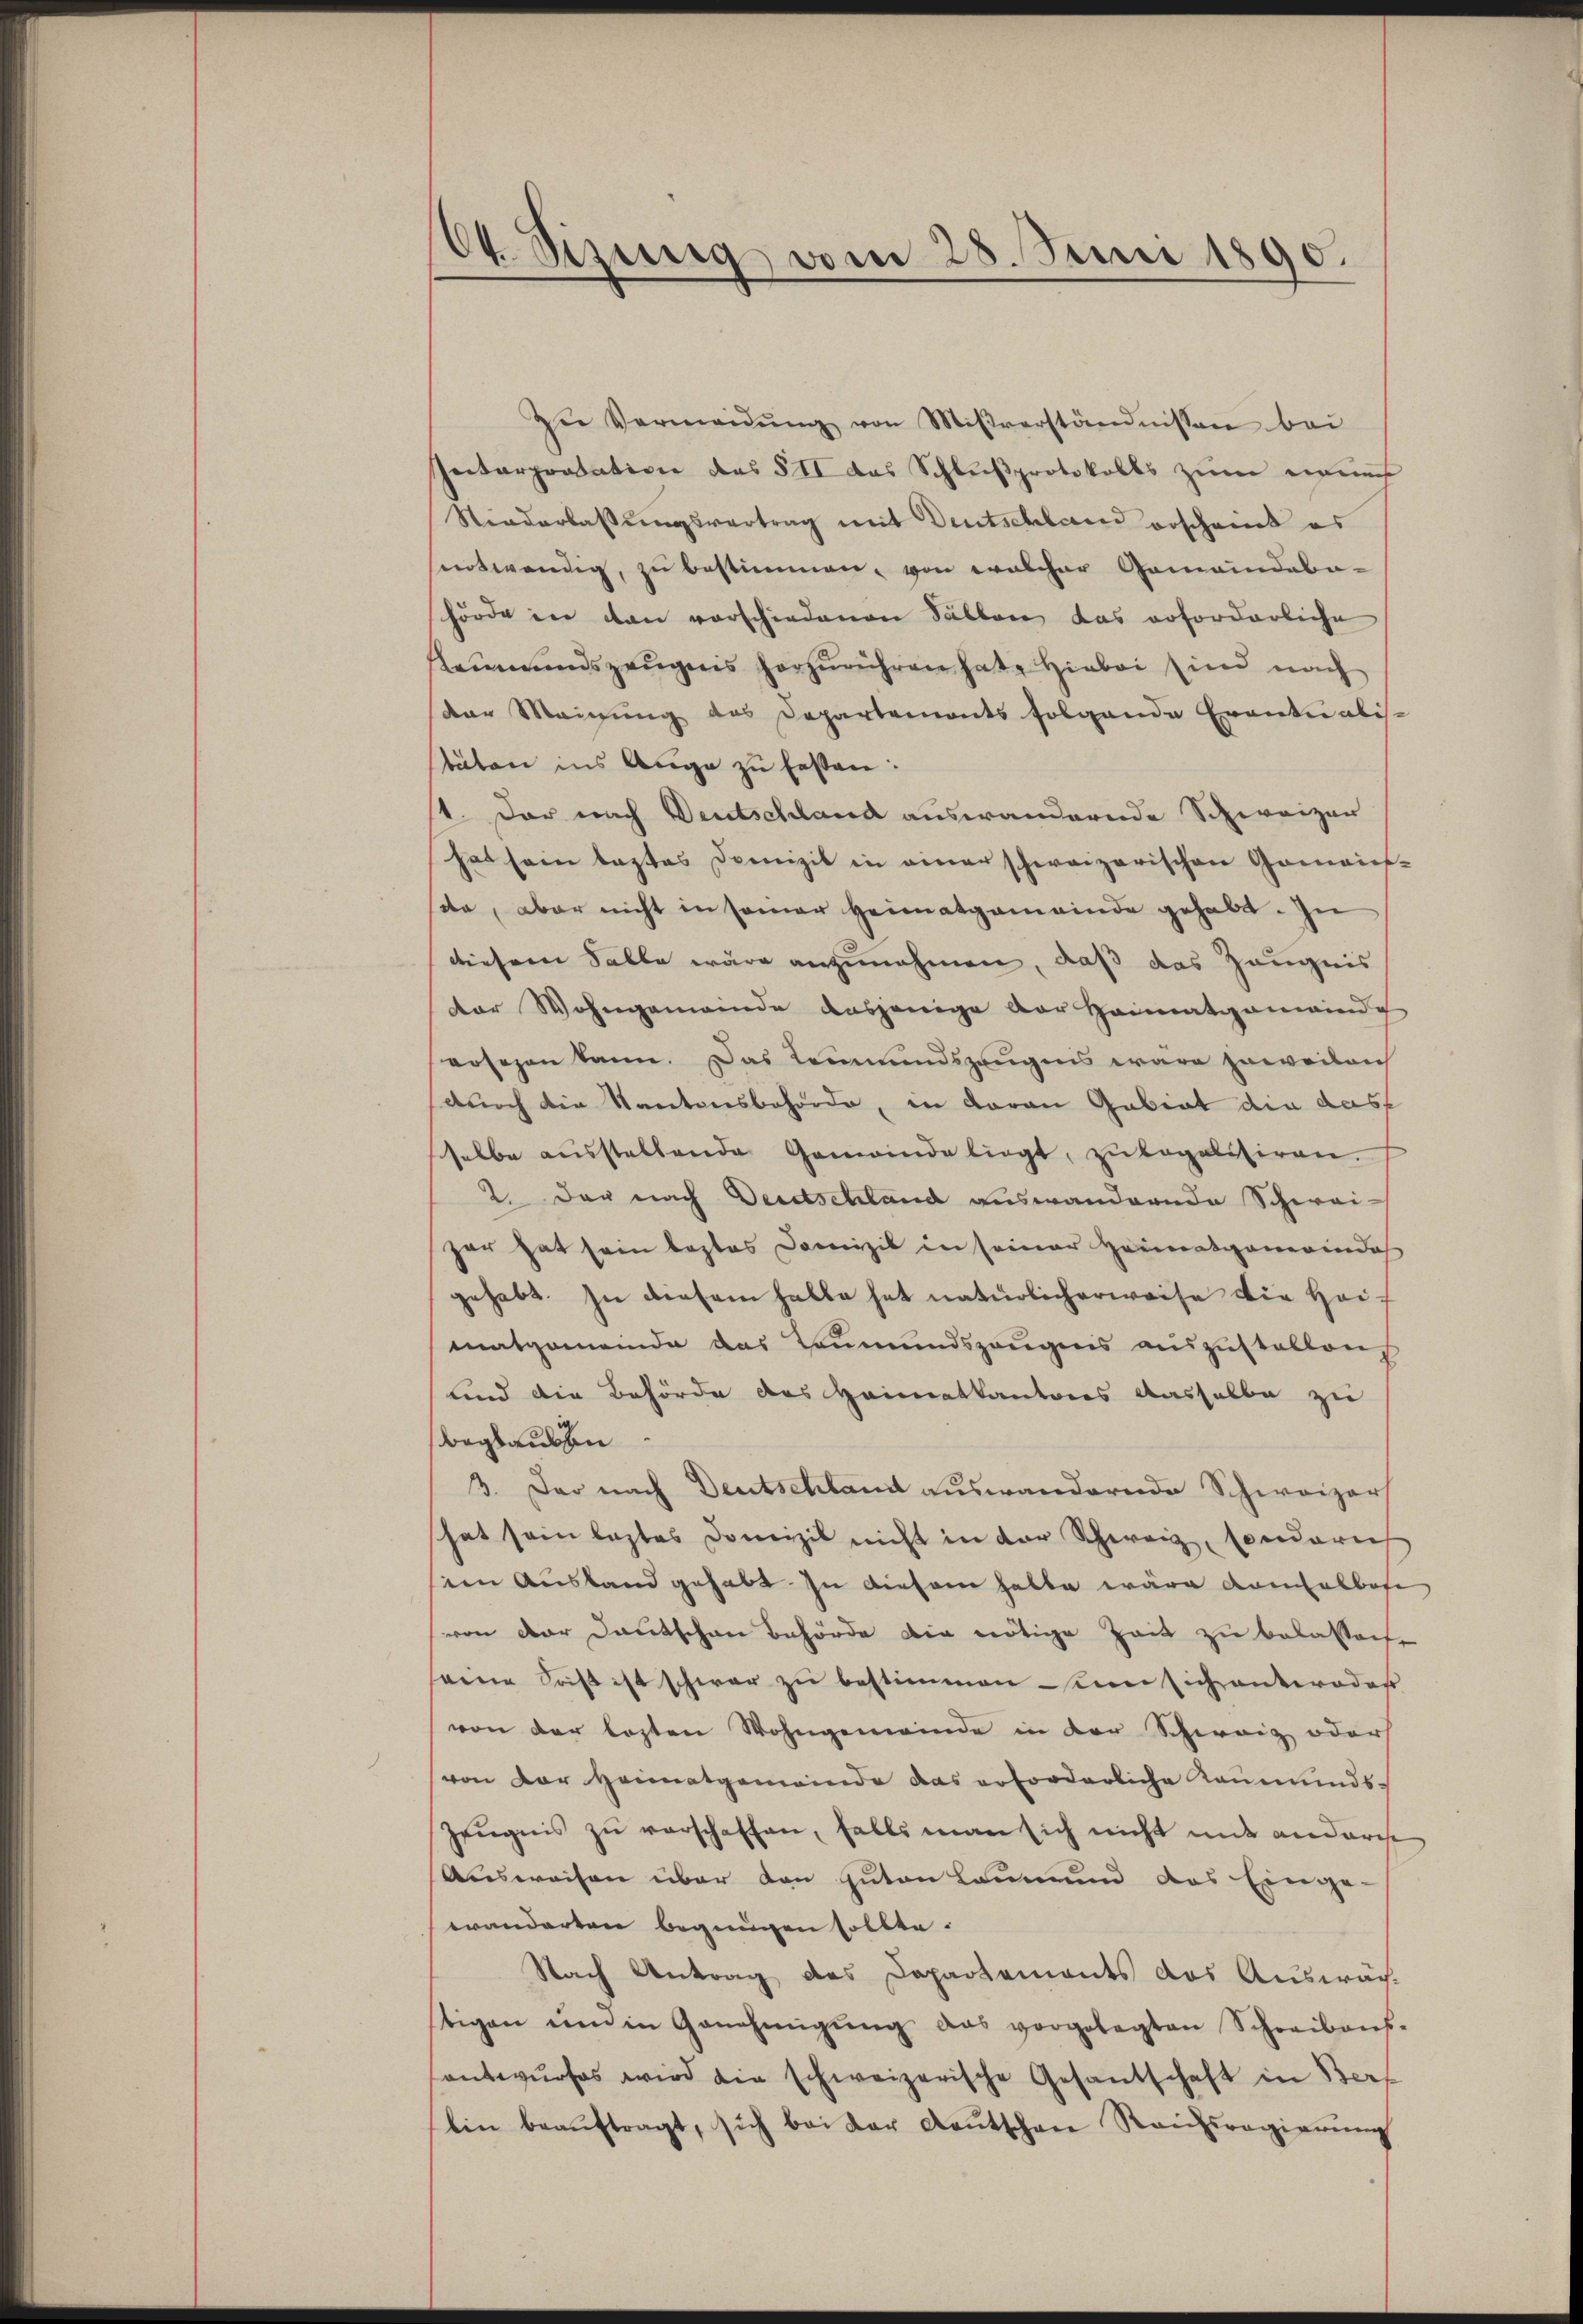
64. Sizung vom 28. Juni 1890.

Zŭ Vermeidŭng von Mißverständnissen bei
Petarportation des § II das Schlußprotokolls zum meuch
Stiederlassungsvertrag mit Deutschland erscheint es
entwendig, zu bestimmen, von welcher Gemeindaba-
hörde in den vorschiedenen Fällen das erforderliche
Leumundszeugnis herzurühren hat. Hiebei sind nach
dor Meinung des Departements folgende Eventualisc
täten ins Auge zu festen:
1. Der nach Deutschland auswandernde Schweizen
hat sein lastes Domizil in einer schweizerischen Gemeins-
da, aber nicht in seiner Heimatgemeinde gehabt. In
diesem Falle wäre anzunehmen, daß das Zeugnis
der Wohngemeinde dasjenige der Heimatgemeinde
vosezen kann. Das Leumundszeugnis wäre jeweilen
durch die Kantonsbehörde, in daran Gabiat die dasf
selbe aŭsstellende Gemeinde liegt, zŭ legalisiren.
2. der nach Deutschland auswandernde Schwai-
har hat sein bestes Domizil in seiner Heimatgemeinda
gehabt. In diesem halbe hat natürlicherweise die Heimatgemeinde das Leumundszeŭgens auszustellen
lind die Behörde des Heimatkantons dasselbe zu
beglaubten
3. Der nach Deutschland auswandernde Schweizers
hat sein lastes Domizil nicht in der Schweiz, sonderich
sein Ausland gehabt in diesem halte wäre Kanalbofe
von der Deutschen Behörde die nötige Zeit zu belassene
seine Sonst ist schwer zu bestimmen seine sich unteroder
von der losten Wohngemeinde in der Schweiz oder
von der Heimatgemeinde das erforderliche Kaumunds-
Zeŭgnis zu verschaffen, falls man sich nicht mit anderche
Ausweisen über den guten kaum und das Einge-
wanderten begnügen sollte.
Nach Antrag des Departements das Auswäch-
tigen und in Genehmigŭng das vorgelegten Schreibens-
antwŭrfes wird die schweizerische Gesantschaft in Ber
lin beaŭftragt, sich bei der Aeŭtschen Reichsregierŭng